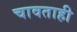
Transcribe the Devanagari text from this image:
चावताही